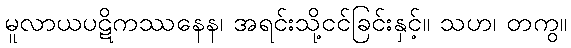
မူလာယပဋိကဿနေန၊ အရင်းသို့ငင်ခြင်းနှင့်။ သဟ၊ တကွ။